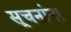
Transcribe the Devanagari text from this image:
सूचनांना